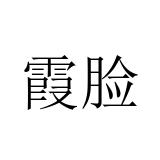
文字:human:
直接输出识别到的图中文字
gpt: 霞脸